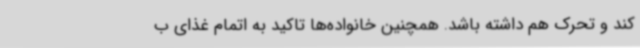
کند و تحرک هم داشته باشد. همچنین خانواده‌ها تاکید به اتمام غذای ب